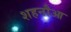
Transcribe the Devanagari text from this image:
शहनौआ